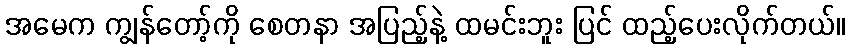
အမေက ကျွန်တော့်ကို စေတနာ အပြည့်နဲ့ ထမင်းဘူး ပြင် ထည့်ပေးလိုက်တယ်။